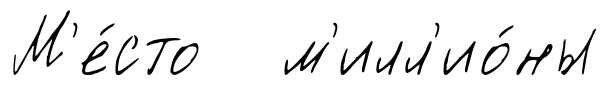
М'е́сто м'илл'ио́ны